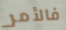
فالأمر